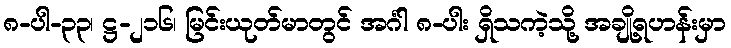
၈-ပါ-၃၃၊ ဋ္ဌ-၂၁၆၊ မြင်းယုတ်မာတွင် အင်္ဂါ ၈-ပါး ရှိသကဲ့သို့ အချို့ရဟန်းမှာ